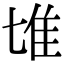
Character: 𨾅